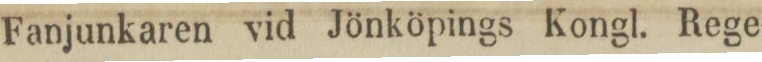
Fanjunkaren vid Jönköpings Kongl. Rege-